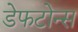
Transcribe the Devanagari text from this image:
डेफटोन्स